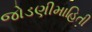
જોડણીમાહિતી